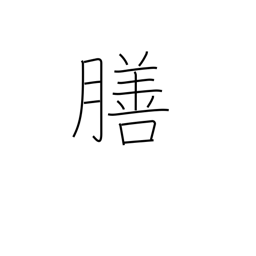
Meaning: tray